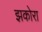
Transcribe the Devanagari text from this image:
झकोरा